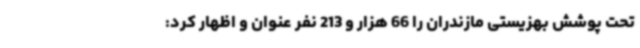
تحت پوشش بهزیستی مازندران را 66 هزار و 213 نفر عنوان و اظهار کرد: